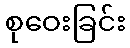
စုဝေးခြင်း